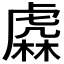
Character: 𧇥